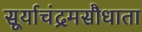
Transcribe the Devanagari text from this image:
सूर्याचंद्रमसौधाता